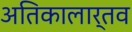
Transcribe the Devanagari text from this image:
अतिकालार्तव